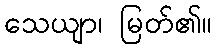
သေယျာ၊ မြတ်၏။